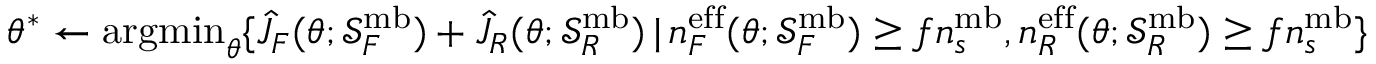
\theta ^ { * } \gets \mathrm { a r g m i n } _ { \theta } \{ \hat { J } _ { F } ( \theta ; \mathcal { S } _ { F } ^ { \mathrm { m b } } ) + \hat { J } _ { R } ( \theta ; \mathcal { S } _ { R } ^ { \mathrm { m b } } ) \, | \, n _ { F } ^ { \mathrm { e f f } } ( \theta ; \mathcal { S } _ { F } ^ { \mathrm { m b } } ) \geq f n _ { s } ^ { \mathrm { m b } } , n _ { R } ^ { \mathrm { e f f } } ( \theta ; \mathcal { S } _ { R } ^ { \mathrm { m b } } ) \geq f n _ { s } ^ { \mathrm { m b } } \}